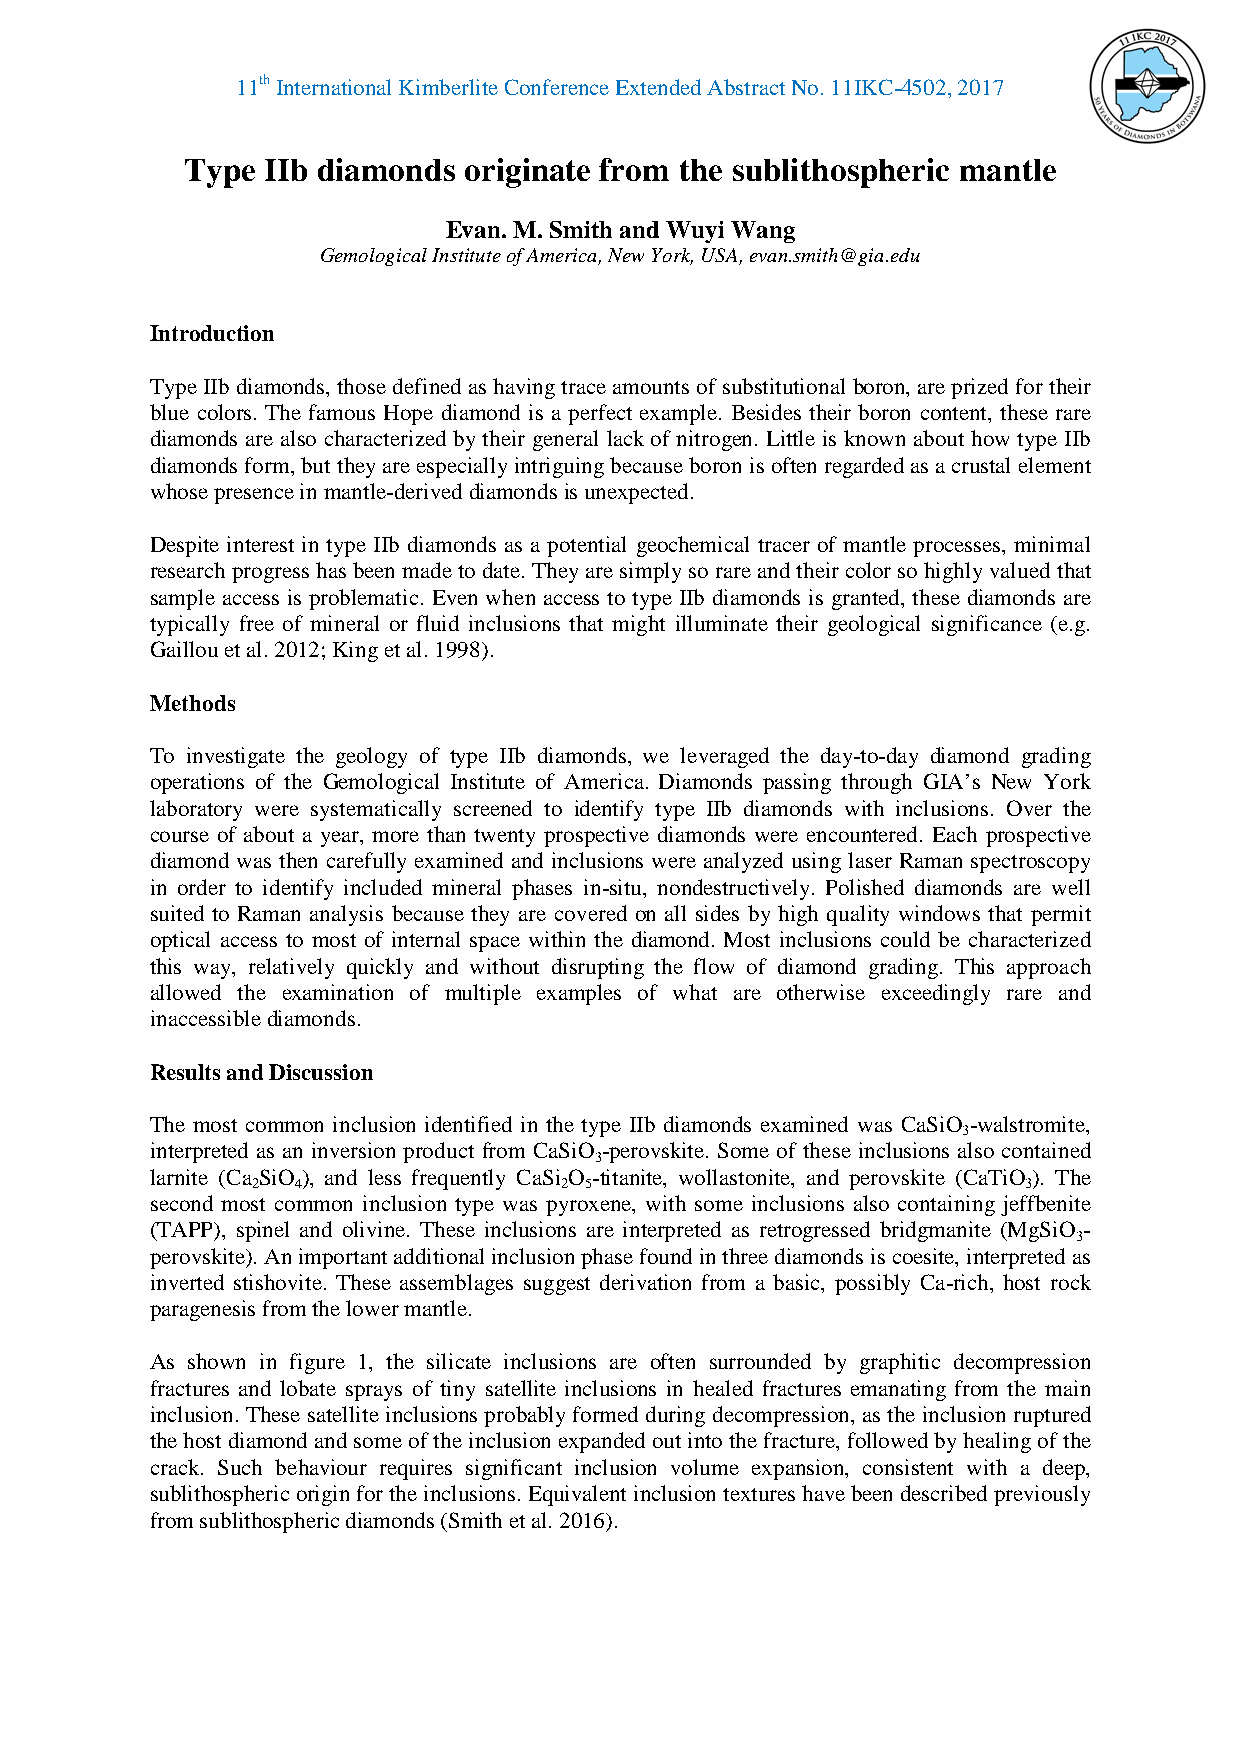
11th International Kimberlite Conference Extended Abstract No. 11IKC-4502, 2017
 Type IIb diamonds  originate from the sublithospheric mantle
 Evan. M. Smith and Wuyi Wang
 Gemological Institute of America, New York, USA, evan.smith@gia.edu
 Introduction
 Type IIb diamonds, those defined as having trace amounts of substitutional boron, are prized for their
 blue colors. The famous Hope diamond is a perfect example. Besides their boron content, these rare
 diamonds are also characterized by their general lack of nitrogen. Little is known about how type IIb
 diamonds form, but they are especially intriguing because boron is often regarded as a crustal element
 whose presence in mantle-derived diamonds is unexpected.
 Despite interest in type IIb diamonds as a potential geochemical tracer of mantle processes, minimal
 research progress has been made to date. They are simply so rare and their color so highly valued that
 sample access is problematic. Even when access to type IIb diamonds is granted, these diamonds are
 typically free of mineral or fluid inclusions that might illuminate their geological significance (e.g.
 Gaillou et al. 2012; King et al. 1998).
 Methods
 To investigate the geology of type IIb diamonds, we leveraged the day-to-day diamond grading
 operations of the Gemological Institute of America. Diamonds passing through GIA’s New York
 laboratory were systematically screened to identify type IIb diamonds with inclusions. Over the
 course of about a year, more than twenty prospective diamonds were encountered. Each prospective
 diamond was then carefully examined and inclusions were analyzed using laser Raman spectroscopy
 in order to identify included mineral phases in-situ, nondestructively. Polished diamonds are well
 suited to Raman analysis because they are covered on all sides by high quality windows that permit
 optical access to most of internal space within the diamond. Most inclusions could be characterized
 this way, relatively quickly and without disrupting the flow of diamond grading. This approach
 allowed the examination of multiple examples of what are otherwise exceedingly rare and
 inaccessible diamonds.
 Results and Discussion
 The most common inclusion identified in the type IIb diamonds examined was CaSiO -walstromite,
 3
 interpreted as an inversion product from CaSiO -perovskite. Some of these inclusions also contained
 3
 larnite (Ca SiO ), and less frequently CaSi O -titanite, wollastonite, and perovskite (CaTiO ). The
 2 4                 2 5                            3
 second most common inclusion type was pyroxene, with some inclusions also containing jeffbenite
 (TAPP), spinel and olivine. These inclusions are interpreted as retrogressed bridgmanite (MgSiO -
 3
 perovskite). An important additional inclusion phase found in three diamonds is coesite, interpreted as
 inverted stishovite. These assemblages suggest derivation from a basic, possibly Ca-rich, host rock
 paragenesis from the lower mantle.
 As shown in figure 1, the silicate inclusions are often surrounded by graphitic decompression
 fractures and lobate sprays of tiny satellite inclusions in healed fractures emanating from the main
 inclusion. These satellite inclusions probably formed during decompression, as the inclusion ruptured
 the host diamond and some of the inclusion expanded out into the fracture, followed by healing of the
 crack. Such behaviour requires significant inclusion volume expansion, consistent with a deep,
 sublithospheric origin for the inclusions. Equivalent inclusion textures have been described previously
 from sublithospheric diamonds (Smith et al. 2016).